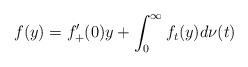
LaTeX: \begin{align*} f(y) = f_+' (0) y + \int_{0}^{\infty} f_t (y) d \nu (t) \end{align*}